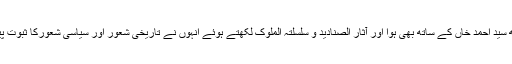
اور یہی کچھ سید احمد خاں کے ساتھ بھی ہوا اور آثار الصنادید و سلسلتہ الملوک لکھتے ہوئے انہوں نے تاریخی شعور اور سیاسی شعورکا ثبوت پیش کیا ہے ۔